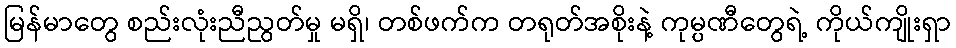
မြန်မာတွေ စည်းလုံးညီညွတ်မှု မရှိ၊ တစ်ဖက်က တရုတ်အစိုးနဲ့ ကုမ္ပဏီတွေရဲ့ ကိုယ်ကျိုးရှာ